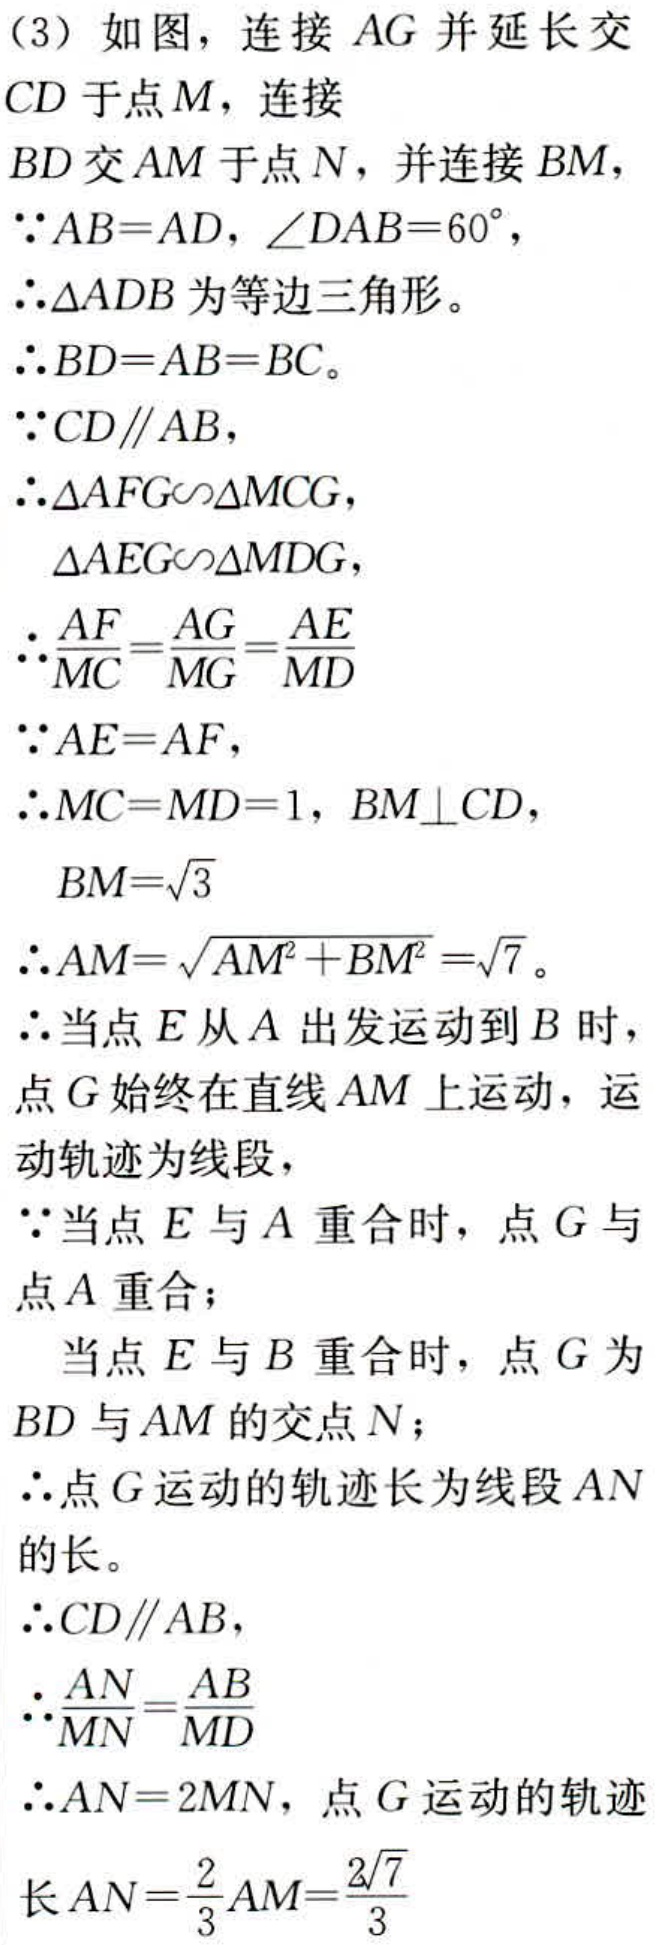
（3）如图，连接 \(AG\) 并延长交 \(CD\) 于点 \(M\)，连接 \(BD\) 交 \(AM\) 于点 \(N\)，并连接 \(BM\)，

\(\because AB = AD\)，\(\angle DAB = 60^{\circ}\)，

\(\therefore \triangle ADB\) 为等边三角形。

\(\therefore BD = AB = BC\)。

\(\because CD\parallel AB\)，

\(\therefore \triangle AFG\sim\triangle MCG\)，

\(\triangle AEG\sim\triangle MDG\)，

\(\therefore \frac{AF}{MC}=\frac{AG}{MG}=\frac{AE}{MD}\)

\(\because AE = AF\)，

\(\therefore MC = MD = 1\)，\(BM\perp CD\)，

\(BM = \sqrt{3}\)

\(\therefore AM=\sqrt{AM^{2}+BM^{2}}=\sqrt{7}\)。

\(\therefore\) 当点 \(E\) 从 \(A\) 出发运动到 \(B\) 时，点 \(G\) 始终在直线 \(AM\) 上运动，运动轨迹为线段，

\(\because\) 当点 \(E\) 与 \(A\) 重合时，点 \(G\) 与点 \(A\) 重合；

当点 \(E\) 与 \(B\) 重合时，点 \(G\) 为 \(BD\) 与 \(AM\) 的交点 \(N\)；

\(\therefore\) 点 \(G\) 运动的轨迹长为线段 \(AN\) 的长。

\(\therefore CD\parallel AB\)，

\(\therefore \frac{AN}{MN}=\frac{AB}{MD}\)

\(\therefore AN = 2MN\)，点 \(G\) 运动的轨迹长 \(AN=\frac{2}{3}AM=\frac{2\sqrt{7}}{3}\)